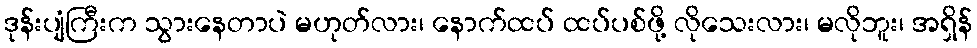
ဒုန်းပျံကြီးက သွားနေတာပဲ မဟုတ်လား၊ နောက်ထပ် ထပ်ပစ်ဖို့ လိုသေးလား၊ မလိုဘူး၊ အရှိန်